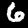
Label: 6